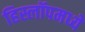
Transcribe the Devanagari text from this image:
हिस्लॉपमध्ये